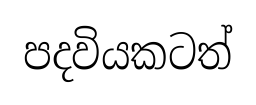
පදවියකටත්